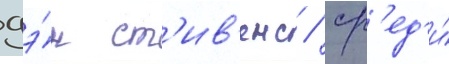
дэ́н ст'ив'енс / ср'ед'и́